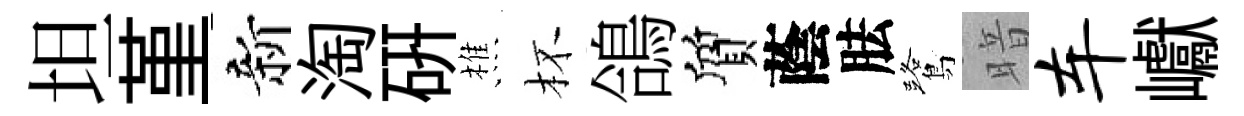
坦堇新淘硏樵杯鴿質蔭胠鷺暗车巘